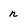
Character: n